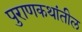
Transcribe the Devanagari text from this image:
पुराणकथांतील